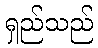
ရှည်သည်